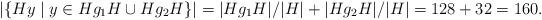
LaTeX: \begin{align*}|\{Hy\mid y \in Hg_1H\cup Hg_2H\}|=|Hg_1H|/|H|+|Hg_2H|/|H|=128+32=160.\end{align*}